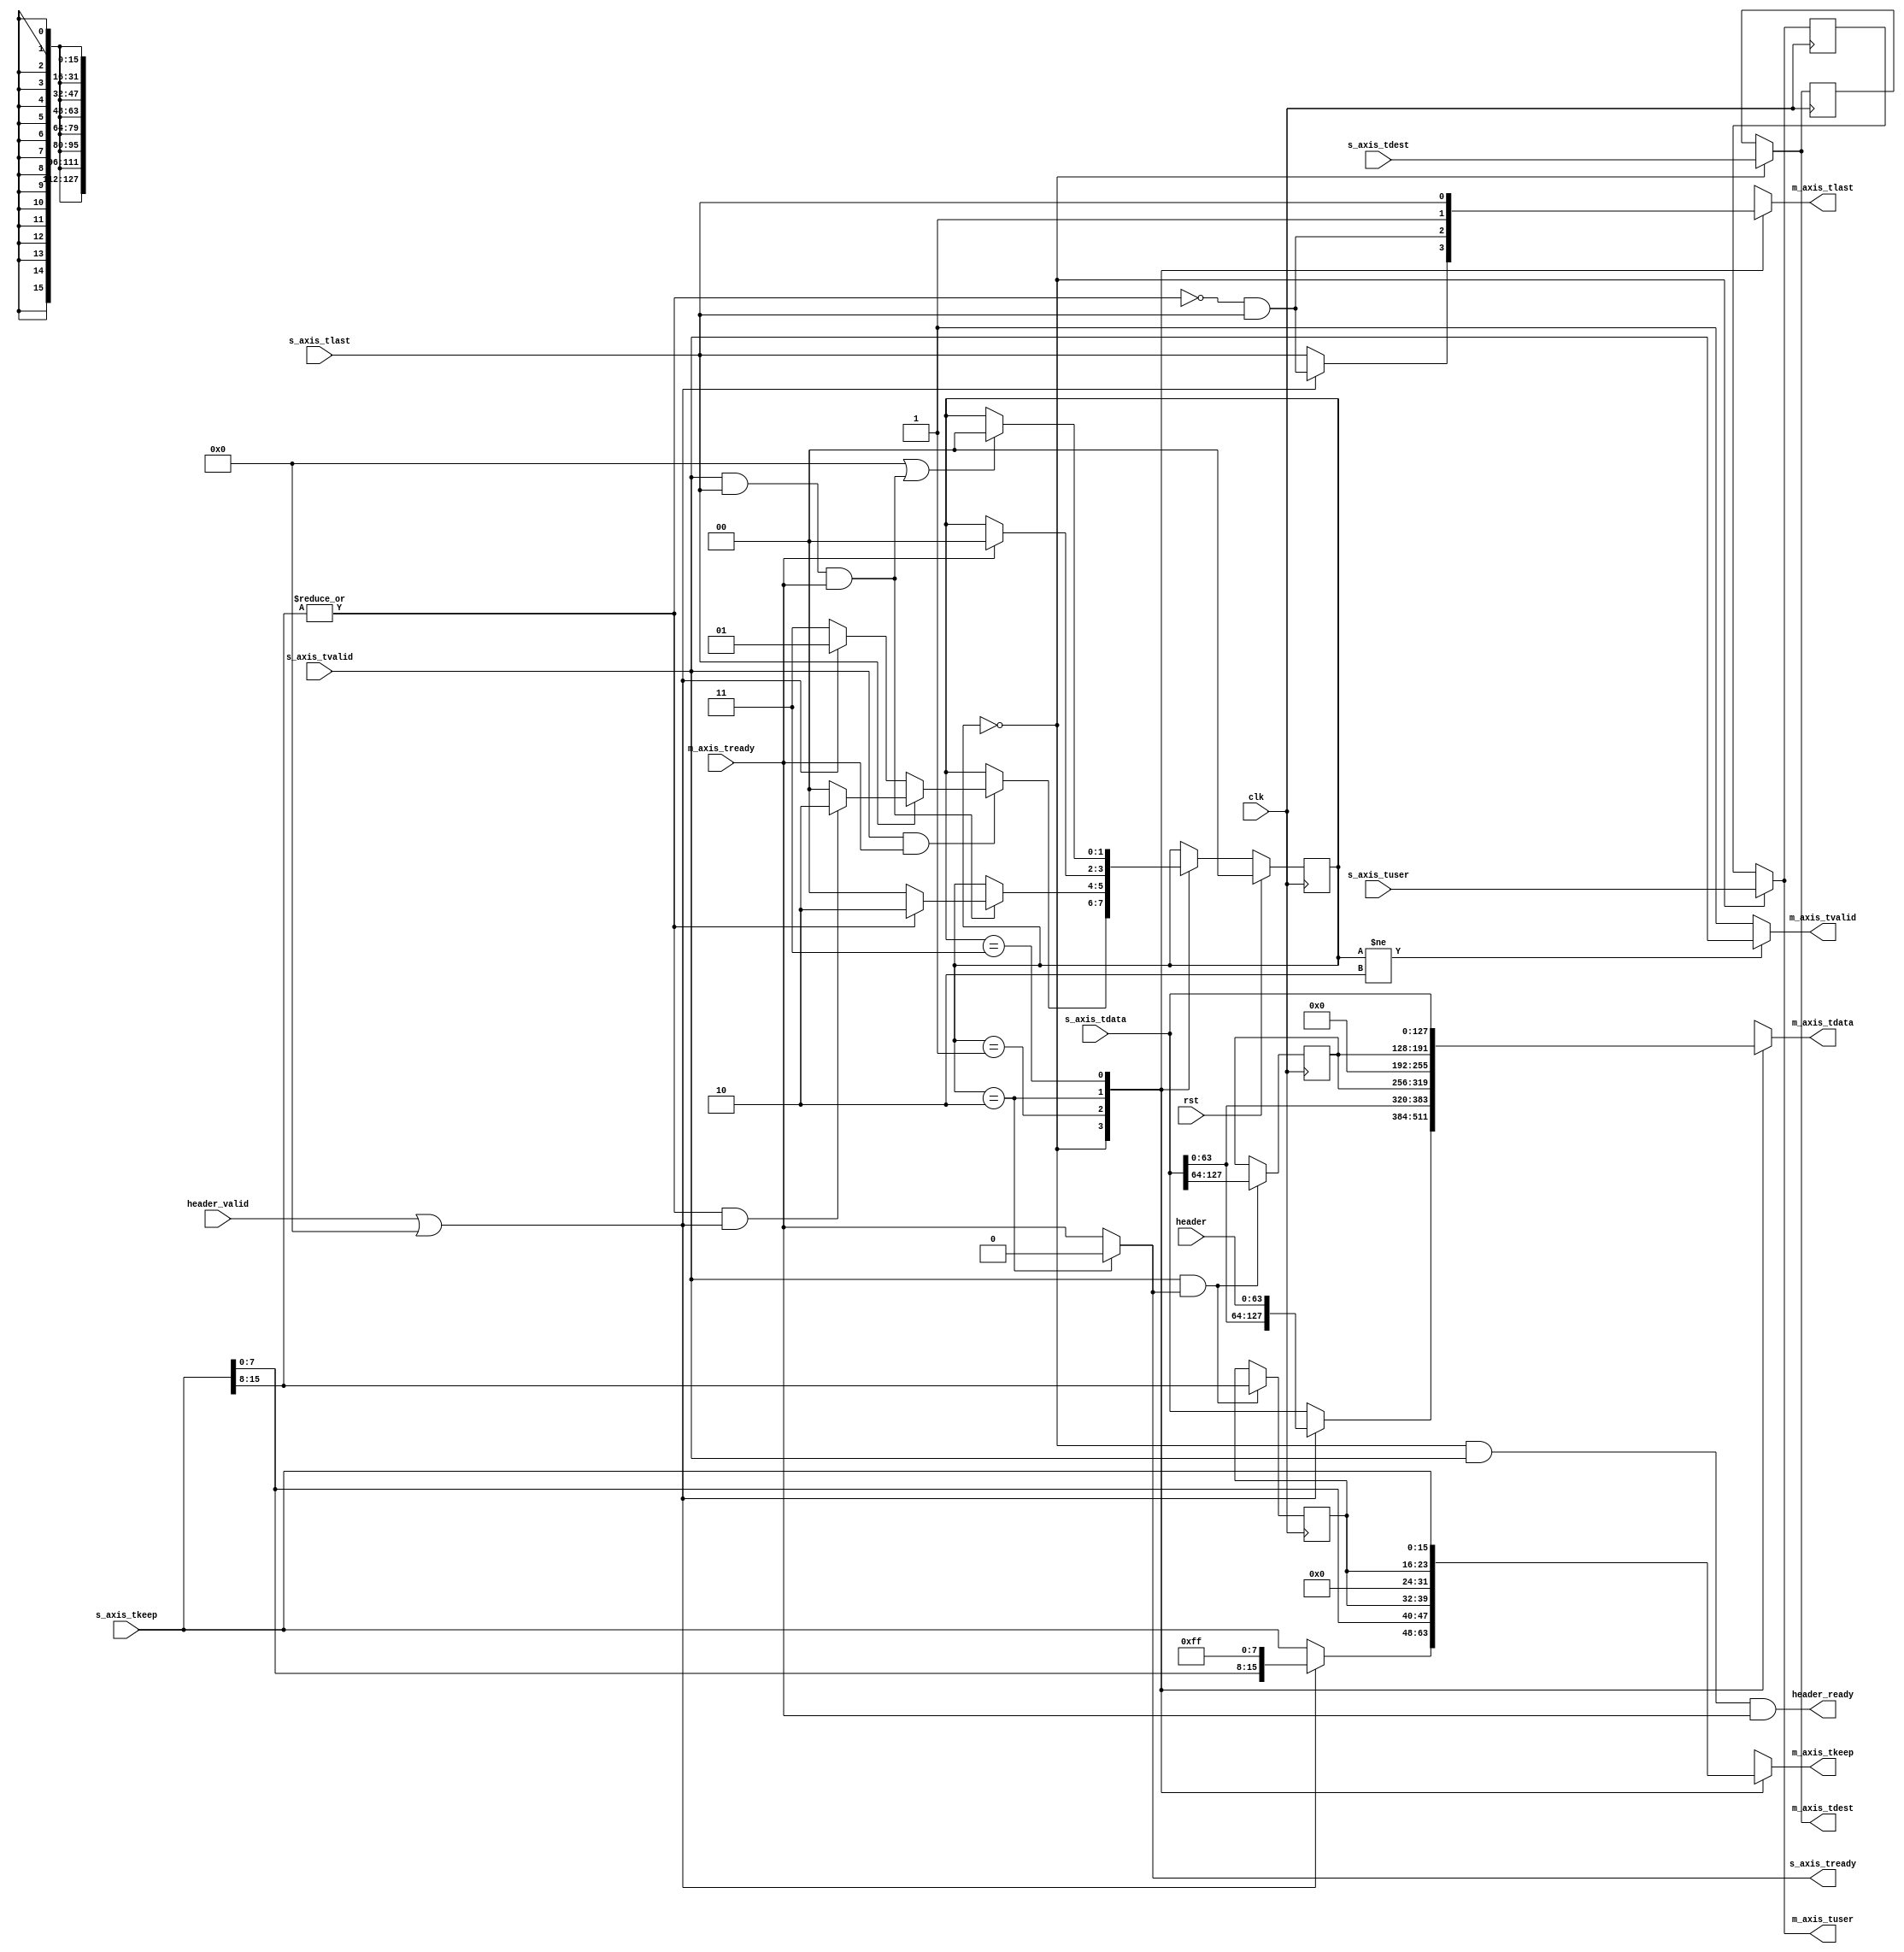
/*

Copyright (c) 2019-2021 Moein Khazraee

Permission is hereby granted, free of charge, to any person obtaining a copy
of this software and associated documentation files (the "Software"), to deal
in the Software without restriction, including without limitation the rights
to use, copy, modify, merge, publish, distribute, sublicense, and/or sell
copies of the Software, and to permit persons to whom the Software is
furnished to do so, subject to the following conditions:

The above copyright notice and this permission notice shall be included in
all copies or substantial portions of the Software.

THE SOFTWARE IS PROVIDED "AS IS", WITHOUT WARRANTY OF ANY KIND, EXPRESS OR
IMPLIED, INCLUDING BUT NOT LIMITED TO THE WARRANTIES OF MERCHANTABILITY
FITNESS FOR A PARTICULAR PURPOSE AND NONINFRINGEMENT. IN NO EVENT SHALL THE
AUTHORS OR COPYRIGHT HOLDERS BE LIABLE FOR ANY CLAIM, DAMAGES OR OTHER
LIABILITY, WHETHER IN AN ACTION OF CONTRACT, TORT OR OTHERWISE, ARISING FROM,
OUT OF OR IN CONNECTION WITH THE SOFTWARE OR THE USE OR OTHER DEALINGS IN
THE SOFTWARE.

*/

// Language: Verilog 2001

`resetall
`timescale 1ns / 1ps
`default_nettype none

// header_valid should be asserted with or before s_axis_tvalid.
// If the ALWAYS_HDR is not set and header_valid is not asserted
// it would do simple forwarding
module header_adder # (
  parameter DATA_WIDTH = 128,
  parameter HDR_WIDTH  = 64,
  parameter DEST_WIDTH = 8,
  parameter USER_WIDTH = 8,
  parameter STRB_WIDTH = DATA_WIDTH/8,
  parameter HDR_STRB   = HDR_WIDTH/8,
  parameter ALWAYS_HDR = 0
)(
  input  wire clk,
  input  wire rst,

  input  wire [DATA_WIDTH-1:0] s_axis_tdata,
  input  wire [STRB_WIDTH-1:0] s_axis_tkeep,
  input  wire [DEST_WIDTH-1:0] s_axis_tdest,
  input  wire [USER_WIDTH-1:0] s_axis_tuser,
  input  wire                  s_axis_tlast,
  input  wire                  s_axis_tvalid,
  output wire                  s_axis_tready,

  input  wire [HDR_WIDTH-1:0]  header,
  input  wire                  header_valid,
  output wire                  header_ready,

  output reg  [DATA_WIDTH-1:0] m_axis_tdata,
  output reg  [STRB_WIDTH-1:0] m_axis_tkeep,
  output wire [DEST_WIDTH-1:0] m_axis_tdest,
  output wire [USER_WIDTH-1:0] m_axis_tuser,
  output reg                   m_axis_tlast,
  output wire                  m_axis_tvalid,
  input  wire                  m_axis_tready
);

  reg [HDR_WIDTH-1:0]  rest_tdata_r;
  reg [HDR_STRB-1:0]   rest_tkeep_r;
  reg [DEST_WIDTH-1:0] s_axis_tdest_r;
  reg [USER_WIDTH-1:0] s_axis_tuser_r;

  wire strb_left = |s_axis_tkeep[STRB_WIDTH-1:STRB_WIDTH-HDR_STRB];
  localparam SAME_WIDTH = (DATA_WIDTH==HDR_WIDTH);

  // State machine. HDR while waiting or sending the header,
  // LST when sending the last piece. MID in between
  localparam HDR = 2'b00;
  localparam MID = 2'b01;
  localparam LST = 2'b10;
  localparam FWD = 2'b11;

  reg [1:0] state;

  always @ (posedge clk)
    if (rst)
      state <= HDR;
    else case (state)
      HDR: if (s_axis_tvalid && m_axis_tready) begin
             if (s_axis_tlast) // one word data
                if (strb_left && (header_valid||ALWAYS_HDR)) state <= LST; else state <= HDR;
             else
                if (header_valid||ALWAYS_HDR) state <= MID; else state <= FWD;
           end
      MID: if (s_axis_tvalid && s_axis_tlast && m_axis_tready) begin
             if (strb_left) state <= LST; else state <= HDR;
           end
      LST: if (m_axis_tready) state <= HDR;
      FWD: if (ALWAYS_HDR||(s_axis_tvalid && s_axis_tlast && m_axis_tready))
             state <= HDR;
    endcase

  // Latch tdest and tuser at first cycle (for last cycle), and always latch tdata and tkeep
  always @ (posedge clk) begin
    if (s_axis_tvalid && s_axis_tready) begin
      rest_tdata_r <= s_axis_tdata[DATA_WIDTH-1:DATA_WIDTH-HDR_WIDTH];
      rest_tkeep_r <= s_axis_tkeep[STRB_WIDTH-1:STRB_WIDTH-HDR_STRB];
    end
    if (state == HDR) begin
      s_axis_tdest_r <= s_axis_tdest;
      s_axis_tuser_r <= s_axis_tuser;
    end
  end

  assign m_axis_tvalid = (state!=LST) ? s_axis_tvalid : 1'b1;

  always @ (*)
    case (state)
      HDR: begin
        if (header_valid||ALWAYS_HDR) begin
          m_axis_tdata = SAME_WIDTH ? header : {s_axis_tdata[DATA_WIDTH-HDR_WIDTH-1:0], header};
          m_axis_tkeep = SAME_WIDTH ? {HDR_STRB{1'b1}} : {s_axis_tkeep[STRB_WIDTH-HDR_STRB-1:0],  {HDR_STRB{1'b1}}};
          m_axis_tlast = (!strb_left) && s_axis_tlast;
        end else begin
          m_axis_tdata = s_axis_tdata;
          m_axis_tkeep = s_axis_tkeep;
          m_axis_tlast = s_axis_tlast;
        end
      end
      MID: begin
          m_axis_tdata = SAME_WIDTH ? rest_tdata_r : {s_axis_tdata[DATA_WIDTH-HDR_WIDTH-1:0], rest_tdata_r};
          m_axis_tkeep = SAME_WIDTH ? rest_tkeep_r : {s_axis_tkeep[STRB_WIDTH-HDR_STRB-1:0],  rest_tkeep_r};
          m_axis_tlast = (!strb_left) && s_axis_tlast;
      end
      LST: begin
          m_axis_tdata = SAME_WIDTH ? rest_tdata_r : {{(DATA_WIDTH-HDR_WIDTH){1'b0}}, rest_tdata_r};
          m_axis_tkeep = SAME_WIDTH ? rest_tkeep_r : {{(STRB_WIDTH-HDR_STRB){1'b0}},  rest_tkeep_r};
          m_axis_tlast = 1'b1;
      end
      FWD:begin
          m_axis_tdata = s_axis_tdata;
          m_axis_tkeep = s_axis_tkeep;
          m_axis_tlast = s_axis_tlast;
      end
    endcase

  assign m_axis_tdest  = (state==HDR) ? s_axis_tdest : s_axis_tdest_r;
  assign m_axis_tuser  = (state==HDR) ? s_axis_tuser : s_axis_tuser_r;
  assign s_axis_tready = (state==LST) ? 1'b0 : m_axis_tready;
  // Accepting header only on the first word, if any
  assign header_ready  = (state==HDR) && s_axis_tvalid && m_axis_tready;

endmodule

module header_remover # (
  parameter DATA_WIDTH = 128,
  parameter HDR_WIDTH  = 64,
  parameter DEST_WIDTH = 8,
  parameter USER_WIDTH = 8,
  parameter STRB_WIDTH = DATA_WIDTH/8,
  parameter HDR_STRB   = HDR_WIDTH/8,
  parameter ALWAYS_HDR = 0
)(
  input  wire clk,
  input  wire rst,

  input  wire                  has_header,

  input  wire [DATA_WIDTH-1:0] s_axis_tdata,
  input  wire [STRB_WIDTH-1:0] s_axis_tkeep,
  input  wire [DEST_WIDTH-1:0] s_axis_tdest,
  input  wire [USER_WIDTH-1:0] s_axis_tuser,
  input  wire                  s_axis_tlast,
  input  wire                  s_axis_tvalid,
  output wire                  s_axis_tready,

  // As long as output is valid header is also valid
  output wire [HDR_WIDTH-1:0]  header,
  output wire                  header_valid,

  output reg  [DATA_WIDTH-1:0] m_axis_tdata,
  output reg  [STRB_WIDTH-1:0] m_axis_tkeep,
  output wire [DEST_WIDTH-1:0] m_axis_tdest,
  output wire [USER_WIDTH-1:0] m_axis_tuser,
  output reg                   m_axis_tlast,
  output reg                   m_axis_tvalid,
  input  wire                  m_axis_tready
);

  reg [HDR_WIDTH-1:0]            header_r;
  reg [DATA_WIDTH-HDR_WIDTH-1:0] rest_tdata_r;
  reg [STRB_WIDTH-HDR_STRB-1:0]  rest_tkeep_r;
  reg [DEST_WIDTH-1:0]           s_axis_tdest_r;
  reg [USER_WIDTH-1:0]           s_axis_tuser_r;

  wire strb_left;
  localparam SAME_WIDTH = (DATA_WIDTH==HDR_WIDTH);

  assign strb_left = SAME_WIDTH ? 1'b0 : |s_axis_tkeep[STRB_WIDTH-1:HDR_STRB];

  // State machine. HDR while waiting or sending the header,
  // LST when sending the last piece. MID in between
  localparam HDR = 2'b00;
  localparam MID = 2'b01;
  localparam LST = 2'b10;
  localparam FWD = 2'b11;

  reg [1:0] state;

  always @ (posedge clk)
    if (rst)
      state <= HDR;
    else case (state)
      HDR: if (s_axis_tvalid && m_axis_tready) begin
             if (s_axis_tlast) // one word data
               state <= HDR;
             else begin
               if (has_header||ALWAYS_HDR)
                 state <= MID;
               else
                 state <= FWD;
              end
           end
      MID: if (s_axis_tvalid && s_axis_tlast && m_axis_tready) begin
             if (strb_left) state <= LST; else state <= HDR;
           end
      LST: if (m_axis_tready) state <= HDR;
      FWD: if ((s_axis_tvalid && s_axis_tlast && m_axis_tready)||ALWAYS_HDR)
             state <= HDR;
    endcase

  // Latch tdest and tuser at first cycle (for last cycle),
  // will not be used if SAME_WIDTH
  // Always latch tdata and tkeep
  always @ (posedge clk) begin
    if (s_axis_tvalid && s_axis_tready) begin
      rest_tdata_r <= SAME_WIDTH ? {DATA_WIDTH{1'b0}} : s_axis_tdata[DATA_WIDTH-1:HDR_WIDTH];
      rest_tkeep_r <= SAME_WIDTH ? {STRB_WIDTH{1'b0}} : s_axis_tkeep[STRB_WIDTH-1:HDR_STRB];
    end
    if (state == HDR) begin
      header_r       <= s_axis_tdata[HDR_WIDTH-1:0];
      s_axis_tdest_r <= s_axis_tdest;
      s_axis_tuser_r <= s_axis_tuser;
    end
  end

  assign header        = (state==HDR) ? s_axis_tdata[HDR_WIDTH-1:0] : header_r;
  assign header_valid  = ((state==HDR) && (has_header||ALWAYS_HDR) && s_axis_tvalid) || (state==MID) || (state==LST);

  always @ (*)
    case (state)
      HDR: begin
        if (has_header||ALWAYS_HDR) begin
         // If there is no data after header, data would be set to single word of all zeros.
         // Otherwise it would be not used and valid is asserted next cycle.
          m_axis_tdata  = SAME_WIDTH ? {DATA_WIDTH{1'b0}} : {{HDR_WIDTH{1'b0}}, s_axis_tdata[DATA_WIDTH-1:HDR_WIDTH]};
          m_axis_tkeep  = SAME_WIDTH ? {STRB_WIDTH{1'b0}} : {{HDR_STRB{1'b0}},  s_axis_tkeep[STRB_WIDTH-1:HDR_STRB]};
          m_axis_tlast  = s_axis_tlast;
          m_axis_tvalid = s_axis_tlast && s_axis_tvalid;
        end else begin
          m_axis_tdata  = s_axis_tdata;
          m_axis_tkeep  = s_axis_tkeep;
          m_axis_tlast  = s_axis_tlast;
          m_axis_tvalid = s_axis_tvalid;
        end
      end
      MID: begin
          m_axis_tdata  = SAME_WIDTH ? s_axis_tdata : {s_axis_tdata[HDR_WIDTH-1:0], rest_tdata_r};
          m_axis_tkeep  = SAME_WIDTH ? s_axis_tkeep : {s_axis_tkeep[HDR_STRB-1:0], rest_tkeep_r};
          m_axis_tlast  = (!strb_left) && s_axis_tlast;
          m_axis_tvalid = s_axis_tvalid;
      end
      LST: begin
          m_axis_tdata  = SAME_WIDTH ? s_axis_tdata : {{HDR_WIDTH{1'b0}}, rest_tdata_r};
          m_axis_tkeep  = SAME_WIDTH ? s_axis_tkeep : {{HDR_STRB{1'b0}},  rest_tkeep_r};
          m_axis_tlast  = 1'b1;
          m_axis_tvalid = 1'b1;
      end
      FWD:begin
          m_axis_tdata  = s_axis_tdata;
          m_axis_tkeep  = s_axis_tkeep;
          m_axis_tlast  = s_axis_tlast;
          m_axis_tvalid = s_axis_tvalid;
      end
    endcase

  assign m_axis_tdest  = (state==HDR) ? s_axis_tdest : s_axis_tdest_r;
  assign m_axis_tuser  = (state==HDR) ? s_axis_tuser : s_axis_tuser_r;
  assign s_axis_tready = ((state==HDR) && (has_header||ALWAYS_HDR)) || (m_axis_tready && (state!=LST));

endmodule

// s_axis_tvalid waits for header_valid
module header_adder_blocking # (
  parameter DATA_WIDTH = 128,
  parameter HDR_WIDTH  = 64,
  parameter DEST_WIDTH = 8,
  parameter USER_WIDTH = 8,
  parameter STRB_WIDTH = DATA_WIDTH/8,
  parameter HDR_STRB   = HDR_WIDTH/8,
  parameter ALWAYS_HDR = 0
)(
  input  wire clk,
  input  wire rst,

  input  wire [DATA_WIDTH-1:0] s_axis_tdata,
  input  wire [STRB_WIDTH-1:0] s_axis_tkeep,
  input  wire [DEST_WIDTH-1:0] s_axis_tdest,
  input  wire [USER_WIDTH-1:0] s_axis_tuser,
  input  wire                  s_axis_tlast,
  input  wire                  s_axis_tvalid,
  output reg                   s_axis_tready,

  input  wire [HDR_WIDTH-1:0]  header,
  input  wire                  drop,
  input  wire                  header_valid,
  output wire                  header_ready,

  output reg  [DATA_WIDTH-1:0] m_axis_tdata,
  output reg  [STRB_WIDTH-1:0] m_axis_tkeep,
  output wire [DEST_WIDTH-1:0] m_axis_tdest,
  output wire [USER_WIDTH-1:0] m_axis_tuser,
  output reg                   m_axis_tlast,
  output reg                   m_axis_tvalid,
  input  wire                  m_axis_tready
);

  reg [HDR_WIDTH-1:0]  rest_tdata_r;
  reg [HDR_STRB-1:0]   rest_tkeep_r;
  reg [DEST_WIDTH-1:0] s_axis_tdest_r;
  reg [USER_WIDTH-1:0] s_axis_tuser_r;

  wire strb_left = |s_axis_tkeep[STRB_WIDTH-1:STRB_WIDTH-HDR_STRB];
  localparam SAME_WIDTH = (DATA_WIDTH==HDR_WIDTH);

  // State machine. HDR while waiting or sending the header,
  // LST when sending the last piece. MID in between
  localparam HDR = 2'b00;
  localparam MID = 2'b01;
  localparam LST = 2'b10;
  localparam DRP = 2'b11;

  reg [1:0] state;

  always @ (posedge clk)
    if (rst)
      state <= HDR;
    else case (state)
      HDR: if (s_axis_tvalid && (header_valid||ALWAYS_HDR)) begin
             if (drop) begin
               if (s_axis_tlast) state <= HDR; else state <= DRP;
             end else if (m_axis_tready) begin
               if (s_axis_tlast) begin // one word data
                 if (strb_left) state <= LST; else state <= HDR;
               end else begin
                 state <= MID;
               end
             end //m_axis_tready
           end
      MID: if (s_axis_tvalid && s_axis_tlast && m_axis_tready) begin
             if (strb_left) state <= LST; else state <= HDR;
           end
      LST: if (m_axis_tready) state <= HDR;
      DRP: if (s_axis_tvalid && s_axis_tlast) state <= HDR;
    endcase

  // Latch tdest and tuser at first cycle (for last cycle), and always latch tdata and tkeep
  always @ (posedge clk) begin
    if (s_axis_tvalid && s_axis_tready) begin
      rest_tdata_r <= s_axis_tdata[DATA_WIDTH-1:DATA_WIDTH-HDR_WIDTH];
      rest_tkeep_r <= s_axis_tkeep[STRB_WIDTH-1:STRB_WIDTH-HDR_STRB];
    end
    if (state == HDR) begin
      s_axis_tdest_r <= s_axis_tdest;
      s_axis_tuser_r <= s_axis_tuser;
    end
  end

  always @ (*)
    case (state)
      HDR: begin
        if (header_valid||ALWAYS_HDR) begin
          m_axis_tdata  = SAME_WIDTH ? header : {s_axis_tdata[DATA_WIDTH-HDR_WIDTH-1:0], header};
          m_axis_tkeep  = SAME_WIDTH ? {HDR_STRB{1'b1}} : {s_axis_tkeep[STRB_WIDTH-HDR_STRB-1:0],  {HDR_STRB{1'b1}}};
          m_axis_tlast  = (!strb_left) && s_axis_tlast && !drop;
          m_axis_tvalid = s_axis_tvalid && !drop;
          s_axis_tready = m_axis_tready || drop;
        end else begin
          m_axis_tdata  = s_axis_tdata;
          m_axis_tkeep  = s_axis_tkeep;
          m_axis_tlast  = 1'b0;
          m_axis_tvalid = 1'b0;
          s_axis_tready = 1'b0;
        end
      end
      MID: begin
          m_axis_tdata  = SAME_WIDTH ? rest_tdata_r : {s_axis_tdata[DATA_WIDTH-HDR_WIDTH-1:0], rest_tdata_r};
          m_axis_tkeep  = SAME_WIDTH ? rest_tkeep_r : {s_axis_tkeep[STRB_WIDTH-HDR_STRB-1:0],  rest_tkeep_r};
          m_axis_tlast  = (!strb_left) && s_axis_tlast;
          m_axis_tvalid = s_axis_tvalid;
          s_axis_tready = m_axis_tready;
      end
      LST: begin
          m_axis_tdata  = SAME_WIDTH ? rest_tdata_r : {{(DATA_WIDTH-HDR_WIDTH){1'b0}}, rest_tdata_r};
          m_axis_tkeep  = SAME_WIDTH ? rest_tkeep_r : {{(STRB_WIDTH-HDR_STRB){1'b0}},  rest_tkeep_r};
          m_axis_tlast  = 1'b1;
          m_axis_tvalid = 1'b1;
          s_axis_tready = 1'b0;
      end
      DRP: begin
          m_axis_tdata  = s_axis_tdata;
          m_axis_tkeep  = s_axis_tkeep;
          m_axis_tlast  = 1'b0;
          m_axis_tvalid = 1'b0;
          s_axis_tready = 1'b1;
      end
    endcase

  assign m_axis_tdest  = (state==HDR) ? s_axis_tdest : s_axis_tdest_r;
  assign m_axis_tuser  = (state==HDR) ? s_axis_tuser : s_axis_tuser_r;
  // Accepting header only on the first word, if any
  assign header_ready  = (state==HDR) && s_axis_tvalid && (m_axis_tready||drop);

endmodule



`resetall